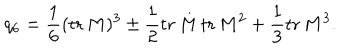
LaTeX: q _ { 6 } = \frac 1 6 ( \mathrm { t r } \, M ) ^ { 3 } \pm \frac 1 2 \mathrm { t r } \, M \, \mathrm { t r } \, M ^ { 2 } + \frac 1 3 \mathrm { t r } \, M ^ { 3 } .